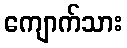
ကျောက်သား